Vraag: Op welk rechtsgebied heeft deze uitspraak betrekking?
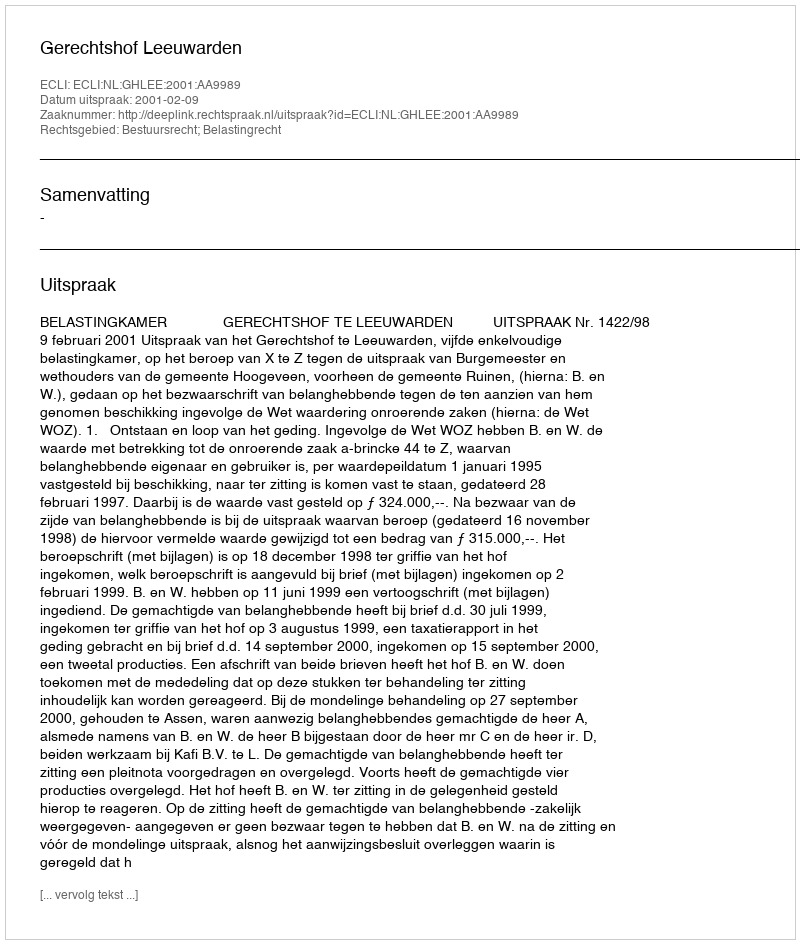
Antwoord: Bestuursrecht; Belastingrecht